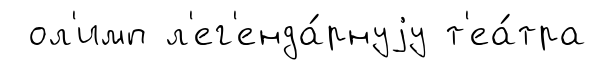
ол'имп л'ег'енда́рнуjу т'еа́тра